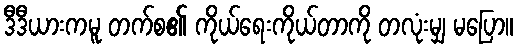
ဒီဒီယားကမူ တက်စ၏ ကိုယ်ရေးကိုယ်တာကို တလုံးမျှ မပြော။